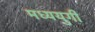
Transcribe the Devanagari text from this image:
मध्ययुगी